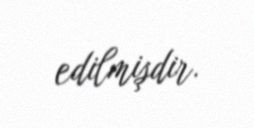
edilmişdir.